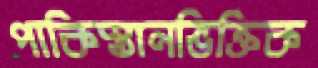
পাকিস্তানভিক্তিক